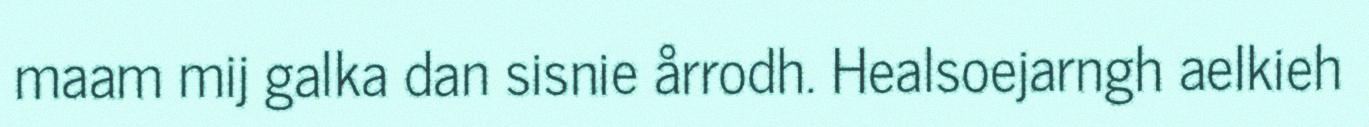
maam mij galka dan sisnie årrodh. Healsoejarngh aelkieh